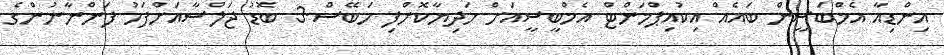
އިންޑިއާ އެމްބަސީން ބައެއް އިކުއިޕްމަންޓް އެމްބީސީއަށް ހަދިޔާކޮށްފި ހަބޭސް-3 ބޮޑު ޖަލްސާއަށްފަހު ފަންނާނުންގެ